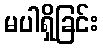
မပါရှိခြင်း